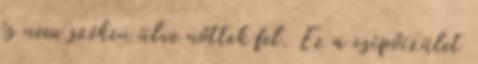
és nem széken ülve nőttek fel. Ez a csípőízület